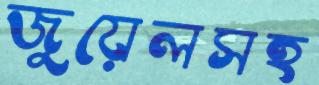
জুয়েলসহ